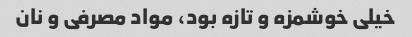
خیلی خوشمزه و تازه بود، مواد مصرفی و نان